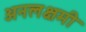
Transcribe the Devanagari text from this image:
अनलक्षमी